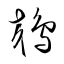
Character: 鵁